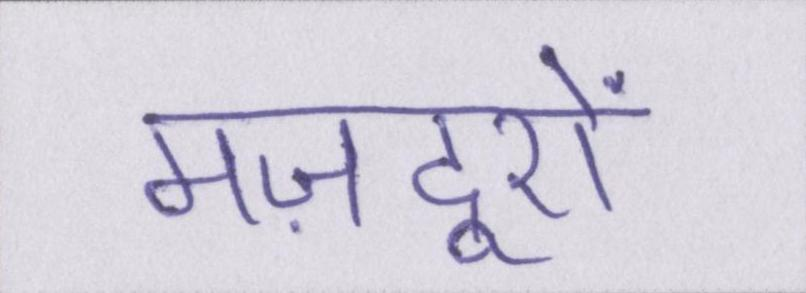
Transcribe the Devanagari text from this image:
मज़दूरों